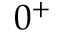
0 ^ { + }